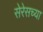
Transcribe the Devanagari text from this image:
सेरेसच्या